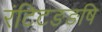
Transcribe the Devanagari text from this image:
रंटिटङङषि